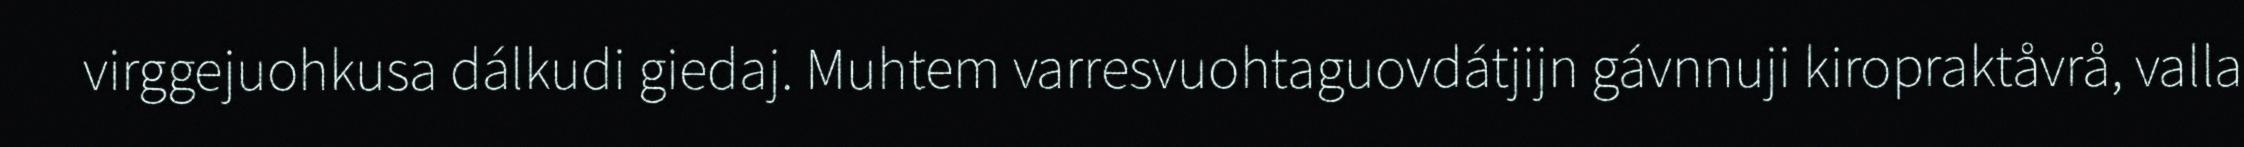
virggejuohkusa dálkudi giedaj. Muhtem varresvuohtaguovdátjijn gávnnuji kiropraktåvrå, valla